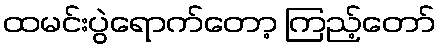
ထမင်းပွဲရောက်တော့ ကြည့်တော်